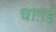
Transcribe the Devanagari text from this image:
चाग़ई